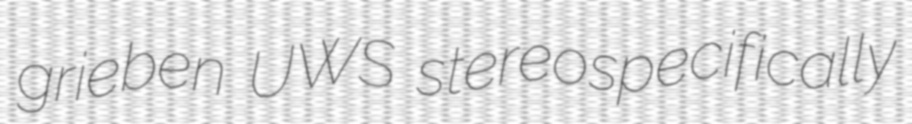
grieben UWS stereospecifically